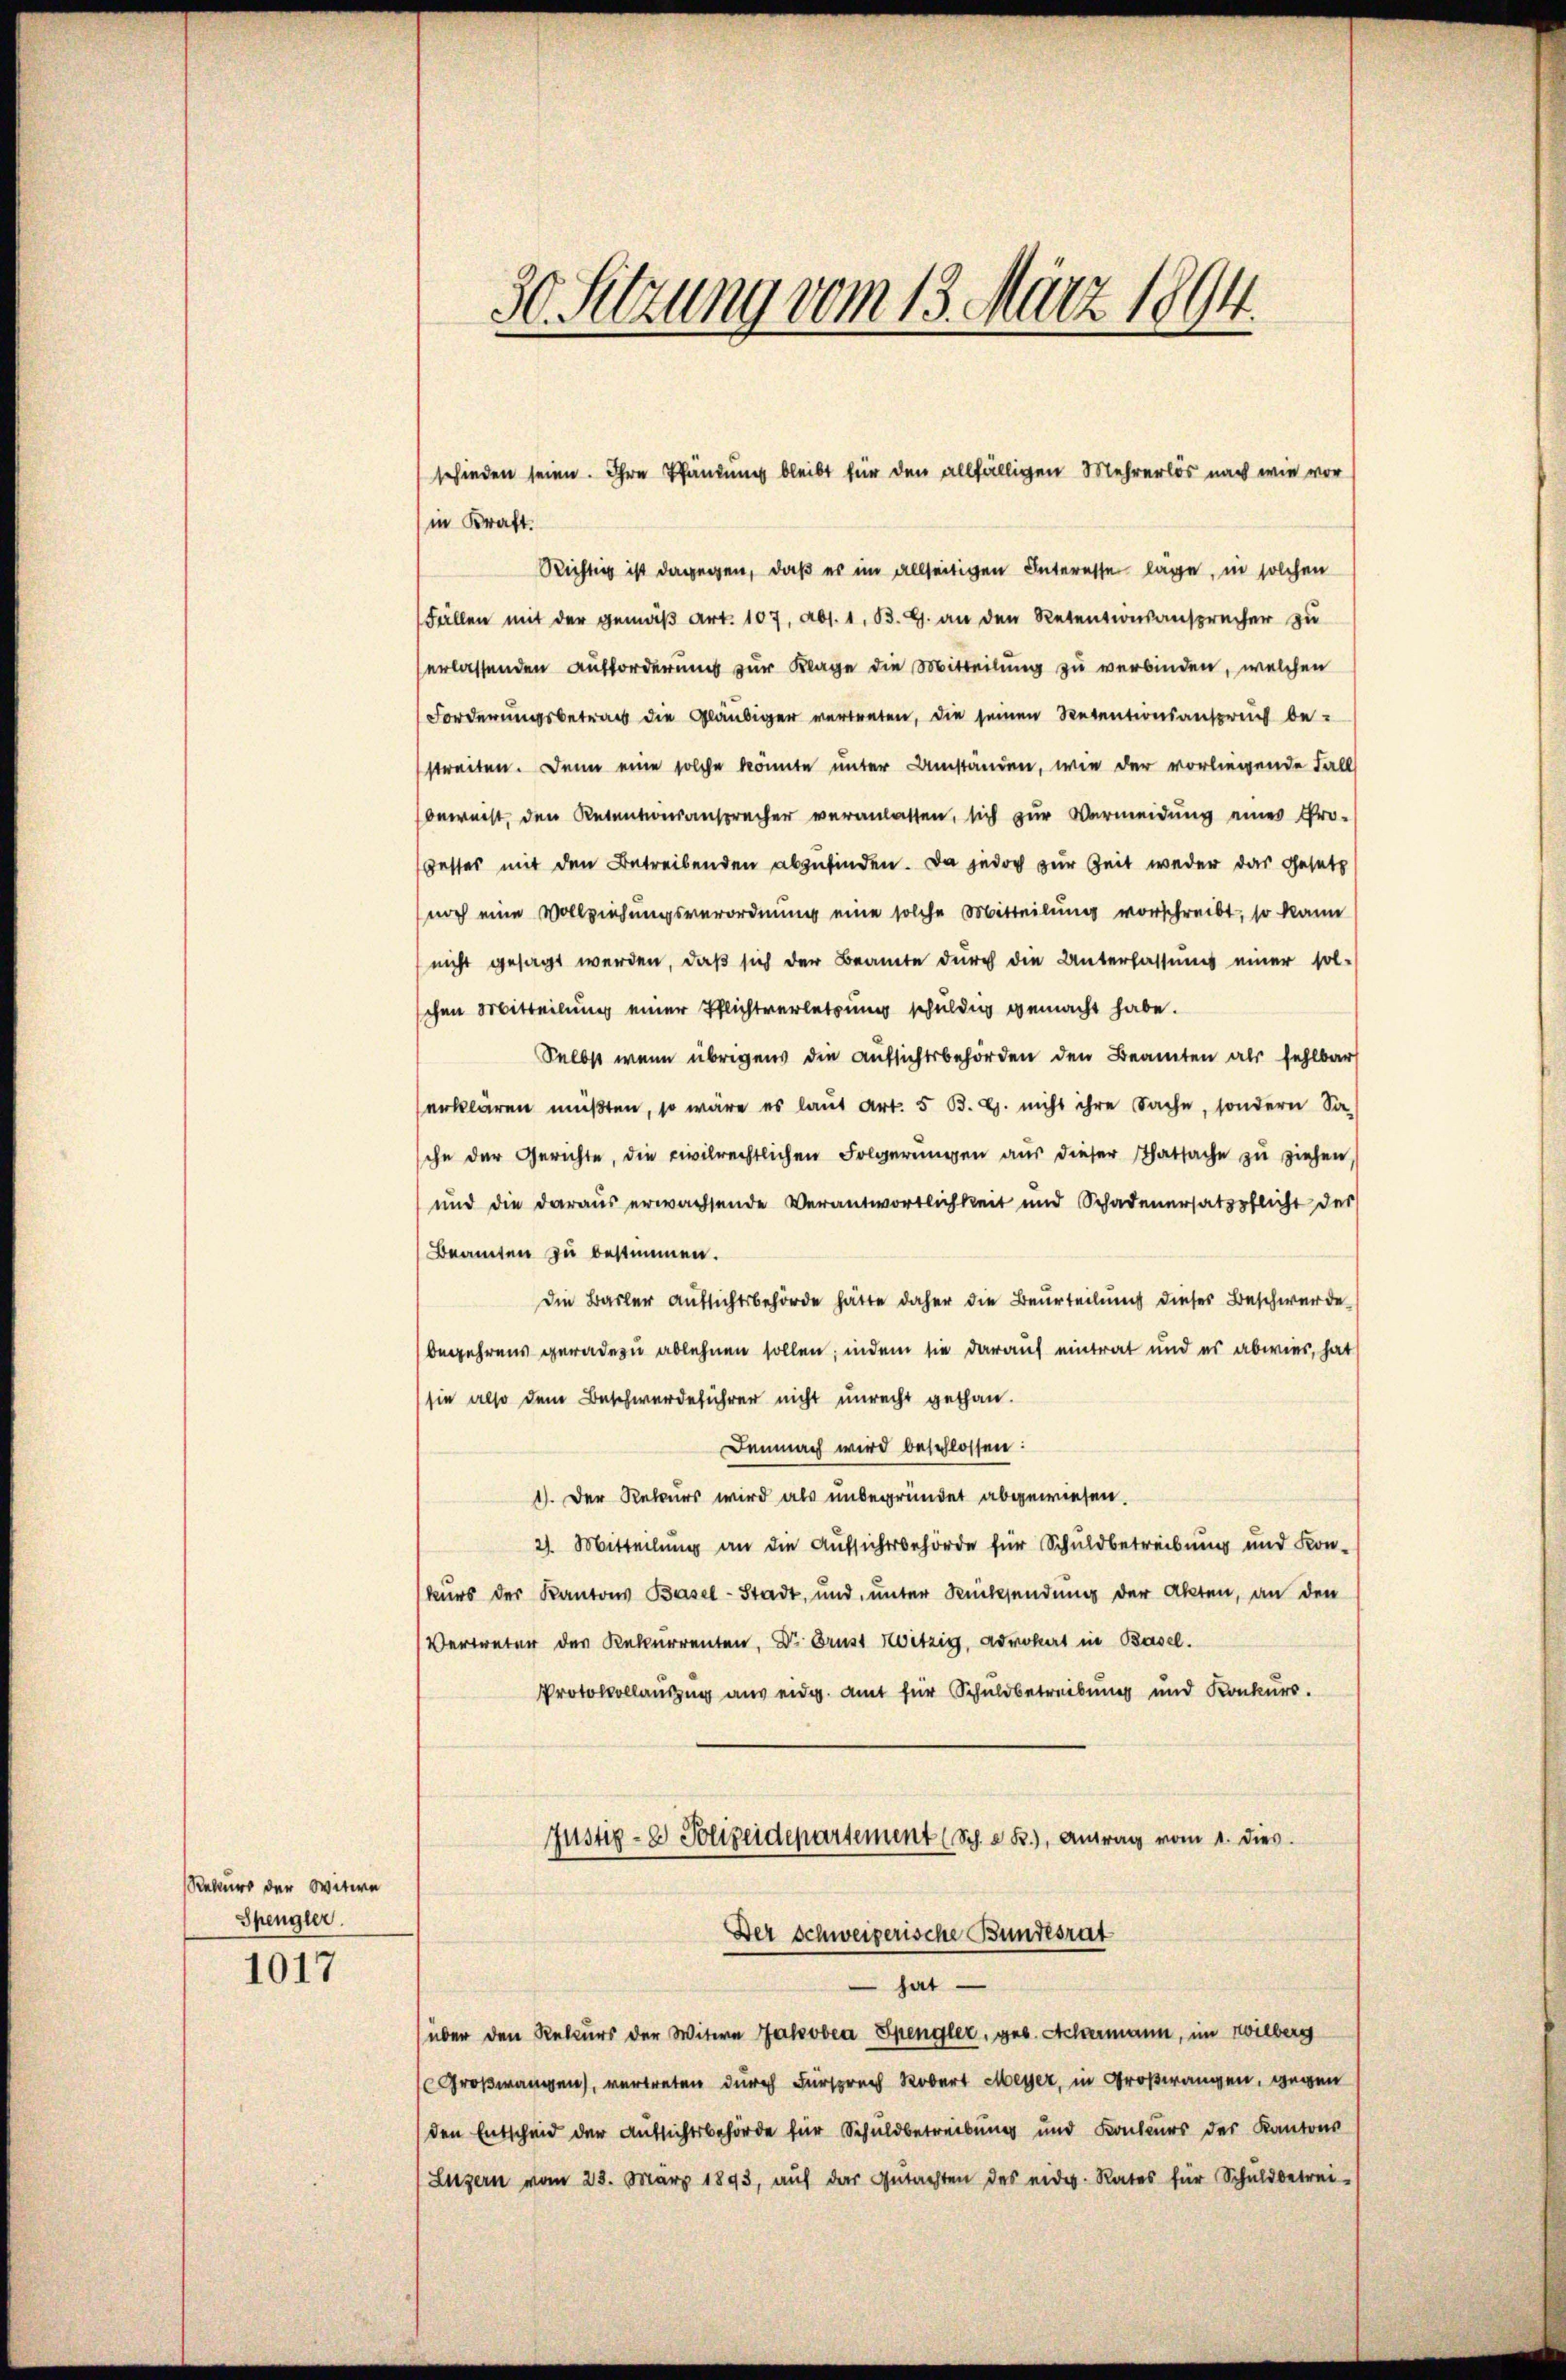
Rekurs der Witwe
Spengler.

1017

30. Setzung vom 13. März 1894.

in Kraft.
Richtig ist dagegen, daß es im allseitigen Interesse lage, in solchen
Fällen mit der gemäβ Art. 107, Abs. 1, 3. G. an den Retentionsansprücher zu
erlassenden Aufforderung zur Klage die Mitteilung zu verbinden, welchen
Forderungsbetrags die Gläubiger vertreten, die seinen Reventionsanspruch bestreiten. Denn eine solche könnte unter Umständen, wie der vorliegende Fall
beweist, den Retentionsansprecher veranlassen, sich zur Vermeidung eines Pro-
besses mit den Betreibenden abzufinden. Da jedoch zur Zeit weder das Gesetz
noch eine Vollziehungsverordnung eine solche Mitteilung vorschreibt, so kann
nicht gesagt werden, daß sich der Beamte durch die Unterlassung einer sol-
schen Mitteilung einer Pflichtverletzung schuldig gemacht habe.
Selbst wenn übrigens die Aufsichtsbehörden den Beamten als fehlbar
erklären müßten, so wäre es laut Art. 5 B. G. nicht ihre Sache, sondern Sa
sche der Gerichte, die civilrechtlichen Folgerungen aus dieser Thatsache zu ziehen
und die daraus erwachsende Verantwortlichkeit und Schadenersatzpflicht der
Beamten zu bestimmen.
Die Basler Aufsichtsbehörde hätte daher die Beurteilung dieses Beschwerde
begehrens geradezu ablehnen sollen; indem sie darauf eintrat und es abwies, hat
sie also dem Beschwerdeführer nicht unrecht gethan.
Demnach wird beschlossen:
1). Der Rekurs wird als unbegründet abgewiesen.
2). Mitteilung an die Aufsichtsbehörde für Schuldbetreibung und Kon-
kurs der Kantons Basel-Stadt, und unter Rücksendung der Akten, an den
Vertreter der Rekurrenten, Dr. Brust Kitzig, adrohert in Basel.
Protokollauszug aus eidg. Amt für Schuldbetreibung und Konkurs.
Justiz- & Polizeidepartement (Sch. a.), Antrag vom 1. dies
Der Schweizerische Bundesrat
 hat
über den Rekurs der Witwe Jakoben Spengler, geb. Achermann, im Nilberg
Großwangen, vertreten durch Fürspruch Robert Meyer, in Großrangen, gegen
den Entscheid der Aufsichtsbehörde für Schuldbetreibung und Konkurs des Kantons
Luzern vom 23. März 1893, aŭf das Gutachten des eider. Rates für Schuldbetrei-

schieden seien. Ihre Pfändung bleibt für den allfälligen Mehrerlös nach wie vor